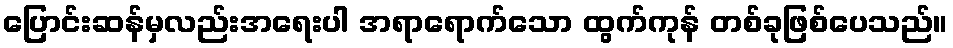
ပြောင်းဆန်မှလည်းအရေးပါ အရာရောက်သော ထွက်ကုန် တစ်ခုဖြစ်ပေသည်။